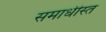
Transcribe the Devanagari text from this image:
समाधीस्त